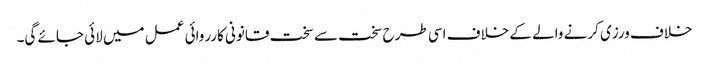
خلاف ورزی کرنے والے کے خلاف اسی طرح سخت سے سخت قانونی کارروائی عمل میں لائی جائے گی۔